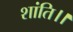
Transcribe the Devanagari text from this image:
शांति।।